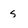
Character: s